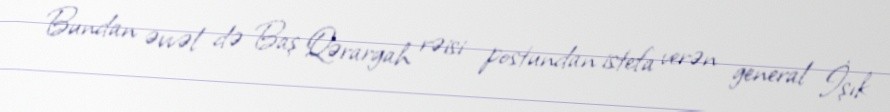
Bundan əvvəl də Baş Qərargah rəisi postundan istefa verən general İşık